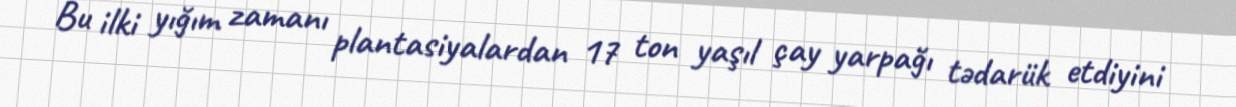
Bu ilki yığım zamanı plantasiyalardan 17 ton yaşıl çay yarpağı tədarük etdiyini